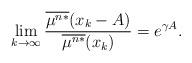
LaTeX: \begin{align*}\lim_{k\to\infty}\frac{\overline{\mu^{n*}}(x_k-A)}{\overline{\mu^{n*}}(x_k)} = e^{\gamma A}.\end{align*}